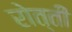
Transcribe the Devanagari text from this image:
रोत्ती